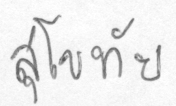
สุโขทัย